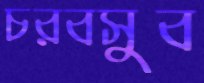
চরবসুব